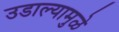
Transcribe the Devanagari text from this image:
उडाल्यामुळे